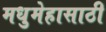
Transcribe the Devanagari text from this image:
मधुमेहासाठी